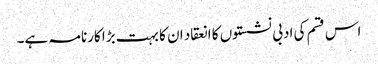
اس قسم کی ادبی نشستوں کا انعقاد ان کا بہت بڑا کارنامہ ہے۔